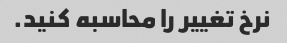
نرخ تغییر را محاسبه کنید.